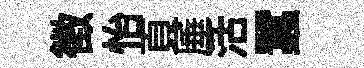
徵怡頁厜活蠶